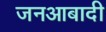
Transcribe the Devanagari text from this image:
जनआबादी